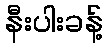
နီးပါးခန့်